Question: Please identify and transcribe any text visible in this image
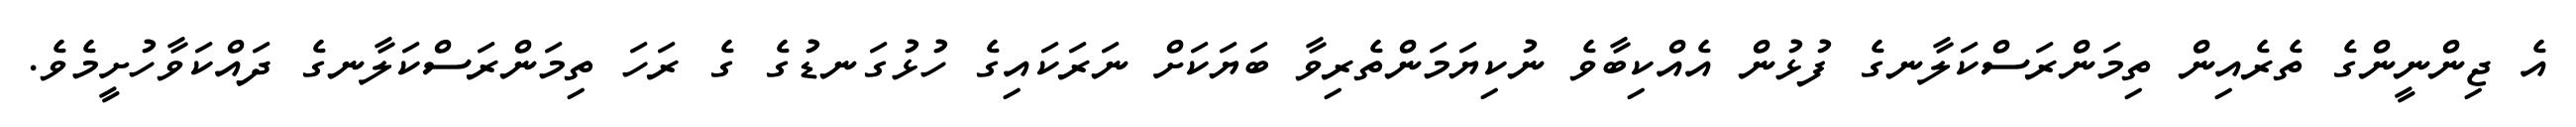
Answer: އެ ޖިންނީންގެ ތެރެއިން ތިމަންރަސްކަލާނގެ ފުޅުން އެއްކިބާވެ ނުކިޔަމަންތެރިވާ ބަޔަކަށް ނަރަކައިގެ ހުޅުގަނޑުގެ ގެ ރަހަ ތިމަންރަސްކަލާނގެ ދައްކަވާހުށީމެވެ.